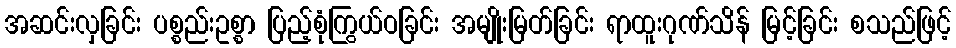
အဆင်းလှခြင်း ပစ္စည်းဥစ္စာ ပြည့်စုံကြွယ်ဝခြင်း အမျိုးမြတ်ခြင်း ရာထူးဂုဏ်သိန် မြင့်ခြင်း စသည်ဖြင့်